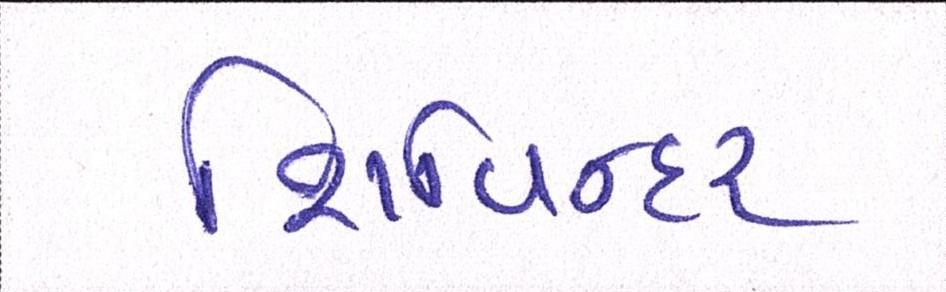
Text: શિવિન્દર